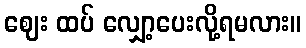
ဈေး ထပ် လျှော့ပေးလို့ရမလား။